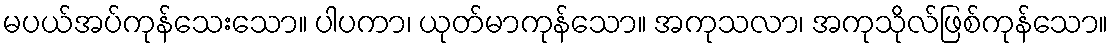
မပယ်အပ်ကုန်သေးသော။ ပါပကာ၊ ယုတ်မာကုန်သော။ အကုသလာ၊ အကုသိုလ်ဖြစ်ကုန်သော။